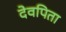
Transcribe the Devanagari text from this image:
देवपिता